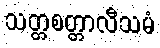
သတ္တစတ္တာလီသမံ